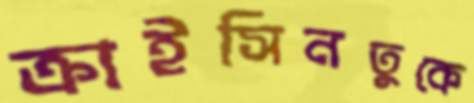
ক্রাইসিনতুকে